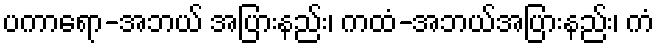
ပကာရော-အဘယ် အပြားနည်း၊ ကထံ-အဘယ်အပြားနည်း၊ ကံ